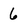
Character: 6